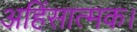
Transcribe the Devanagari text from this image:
अहिंसात्मक।